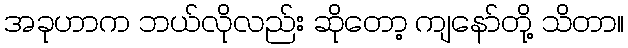
အခုဟာက ဘယ်လိုလည်း ဆိုတော့ ကျနော်တို့ သိတာ။